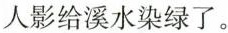
人影给溪水染绿了。